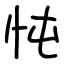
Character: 忳